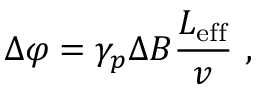
\Delta \varphi = \gamma _ { p } \Delta B \frac { L _ { \mathrm { e f f } } } { v } \ ,